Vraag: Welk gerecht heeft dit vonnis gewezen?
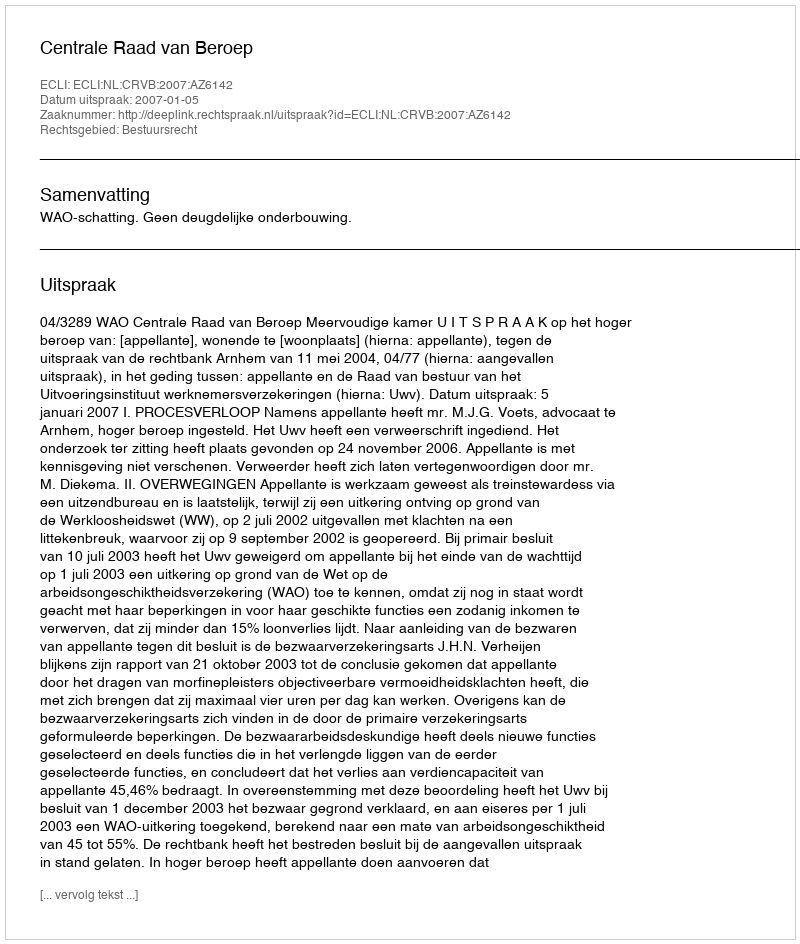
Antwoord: Centrale Raad van Beroep